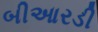
બીઆરડી